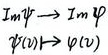
\(Im\varphi\to Im\varphi\)，\(\varphi(u)\mapsto\varphi(v)\)